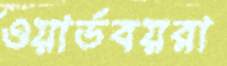
ওয়ার্ডবয়রা